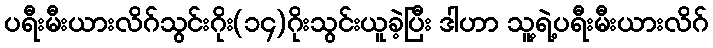
ပရီးမီးယားလိဂ်သွင်းဂိုး(၁၄)ဂိုးသွင်းယူခဲ့ပြီး ဒါဟာ သူ့ရဲ့ပရီးမီးယားလိဂ်